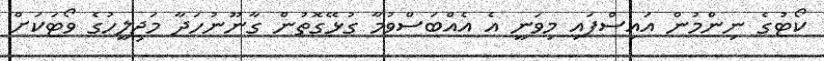
ކޯޓުގެ ނިންމުން އައިސްފައި މިވަނީ އެ އެއްބަސްވުމާ ގުޅޭގޮތުން ގާނޫނުހަދާ މަޖިލީހުގެ ވޯޓަކަށް